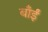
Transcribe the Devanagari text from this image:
बाँईं